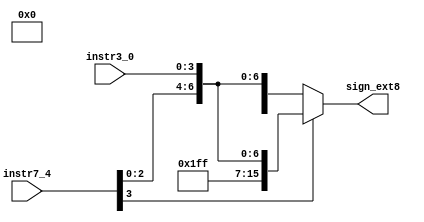
module signextender(instr7_4,instr3_0,sign_ext8);
input [3:0] instr7_4,instr3_0;
output [15:0] sign_ext8;
reg [15:0] sign_ext8;
wire [7:0] A,B;
wire [7:0] in;
assign in={instr7_4,instr3_0};
assign A=8'b11111111;
assign B=8'b00000000;
always @ (in)
begin
  if (in[7]==0)//use the msb to determine extension bits
    sign_ext8={B,in};
  else
    sign_ext8={A,in};
end
endmodule